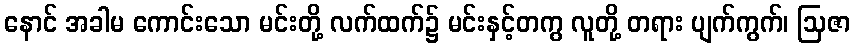
နောင် အခါမ ကောင်းသော မင်းတို့ လက်ထက်၌ မင်းနှင့်တကွ လူတို့ တရား ပျက်ကွက်၊ ဩဇာ